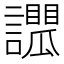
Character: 𧭑